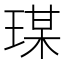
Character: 𤧀